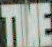
TIME